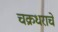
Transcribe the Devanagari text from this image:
चक्रधराचे